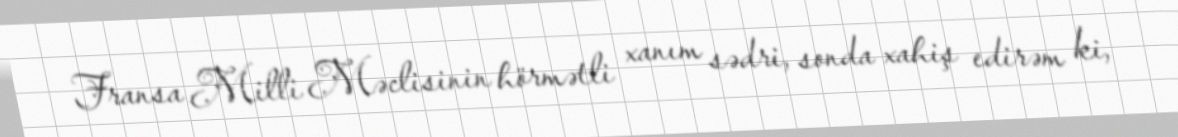
Fransa Milli Məclisinin hörmətli xanım sədri, sonda xahiş edirəm ki,